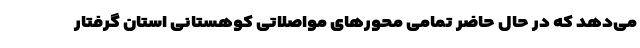
می‌دهد که در حال حاضر تمامی محورهای مواصلاتی کوهستانی استان گرفتار